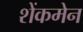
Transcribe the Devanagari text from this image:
शेंकमेन